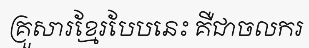
គ្រួសារខ្មែរបែបនេះ គឺជាចលករ